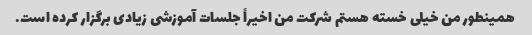
همینطور من خیلی خسته هستم شرکت من اخیراً جلسات آموزشی زیادی برگزار کرده است.